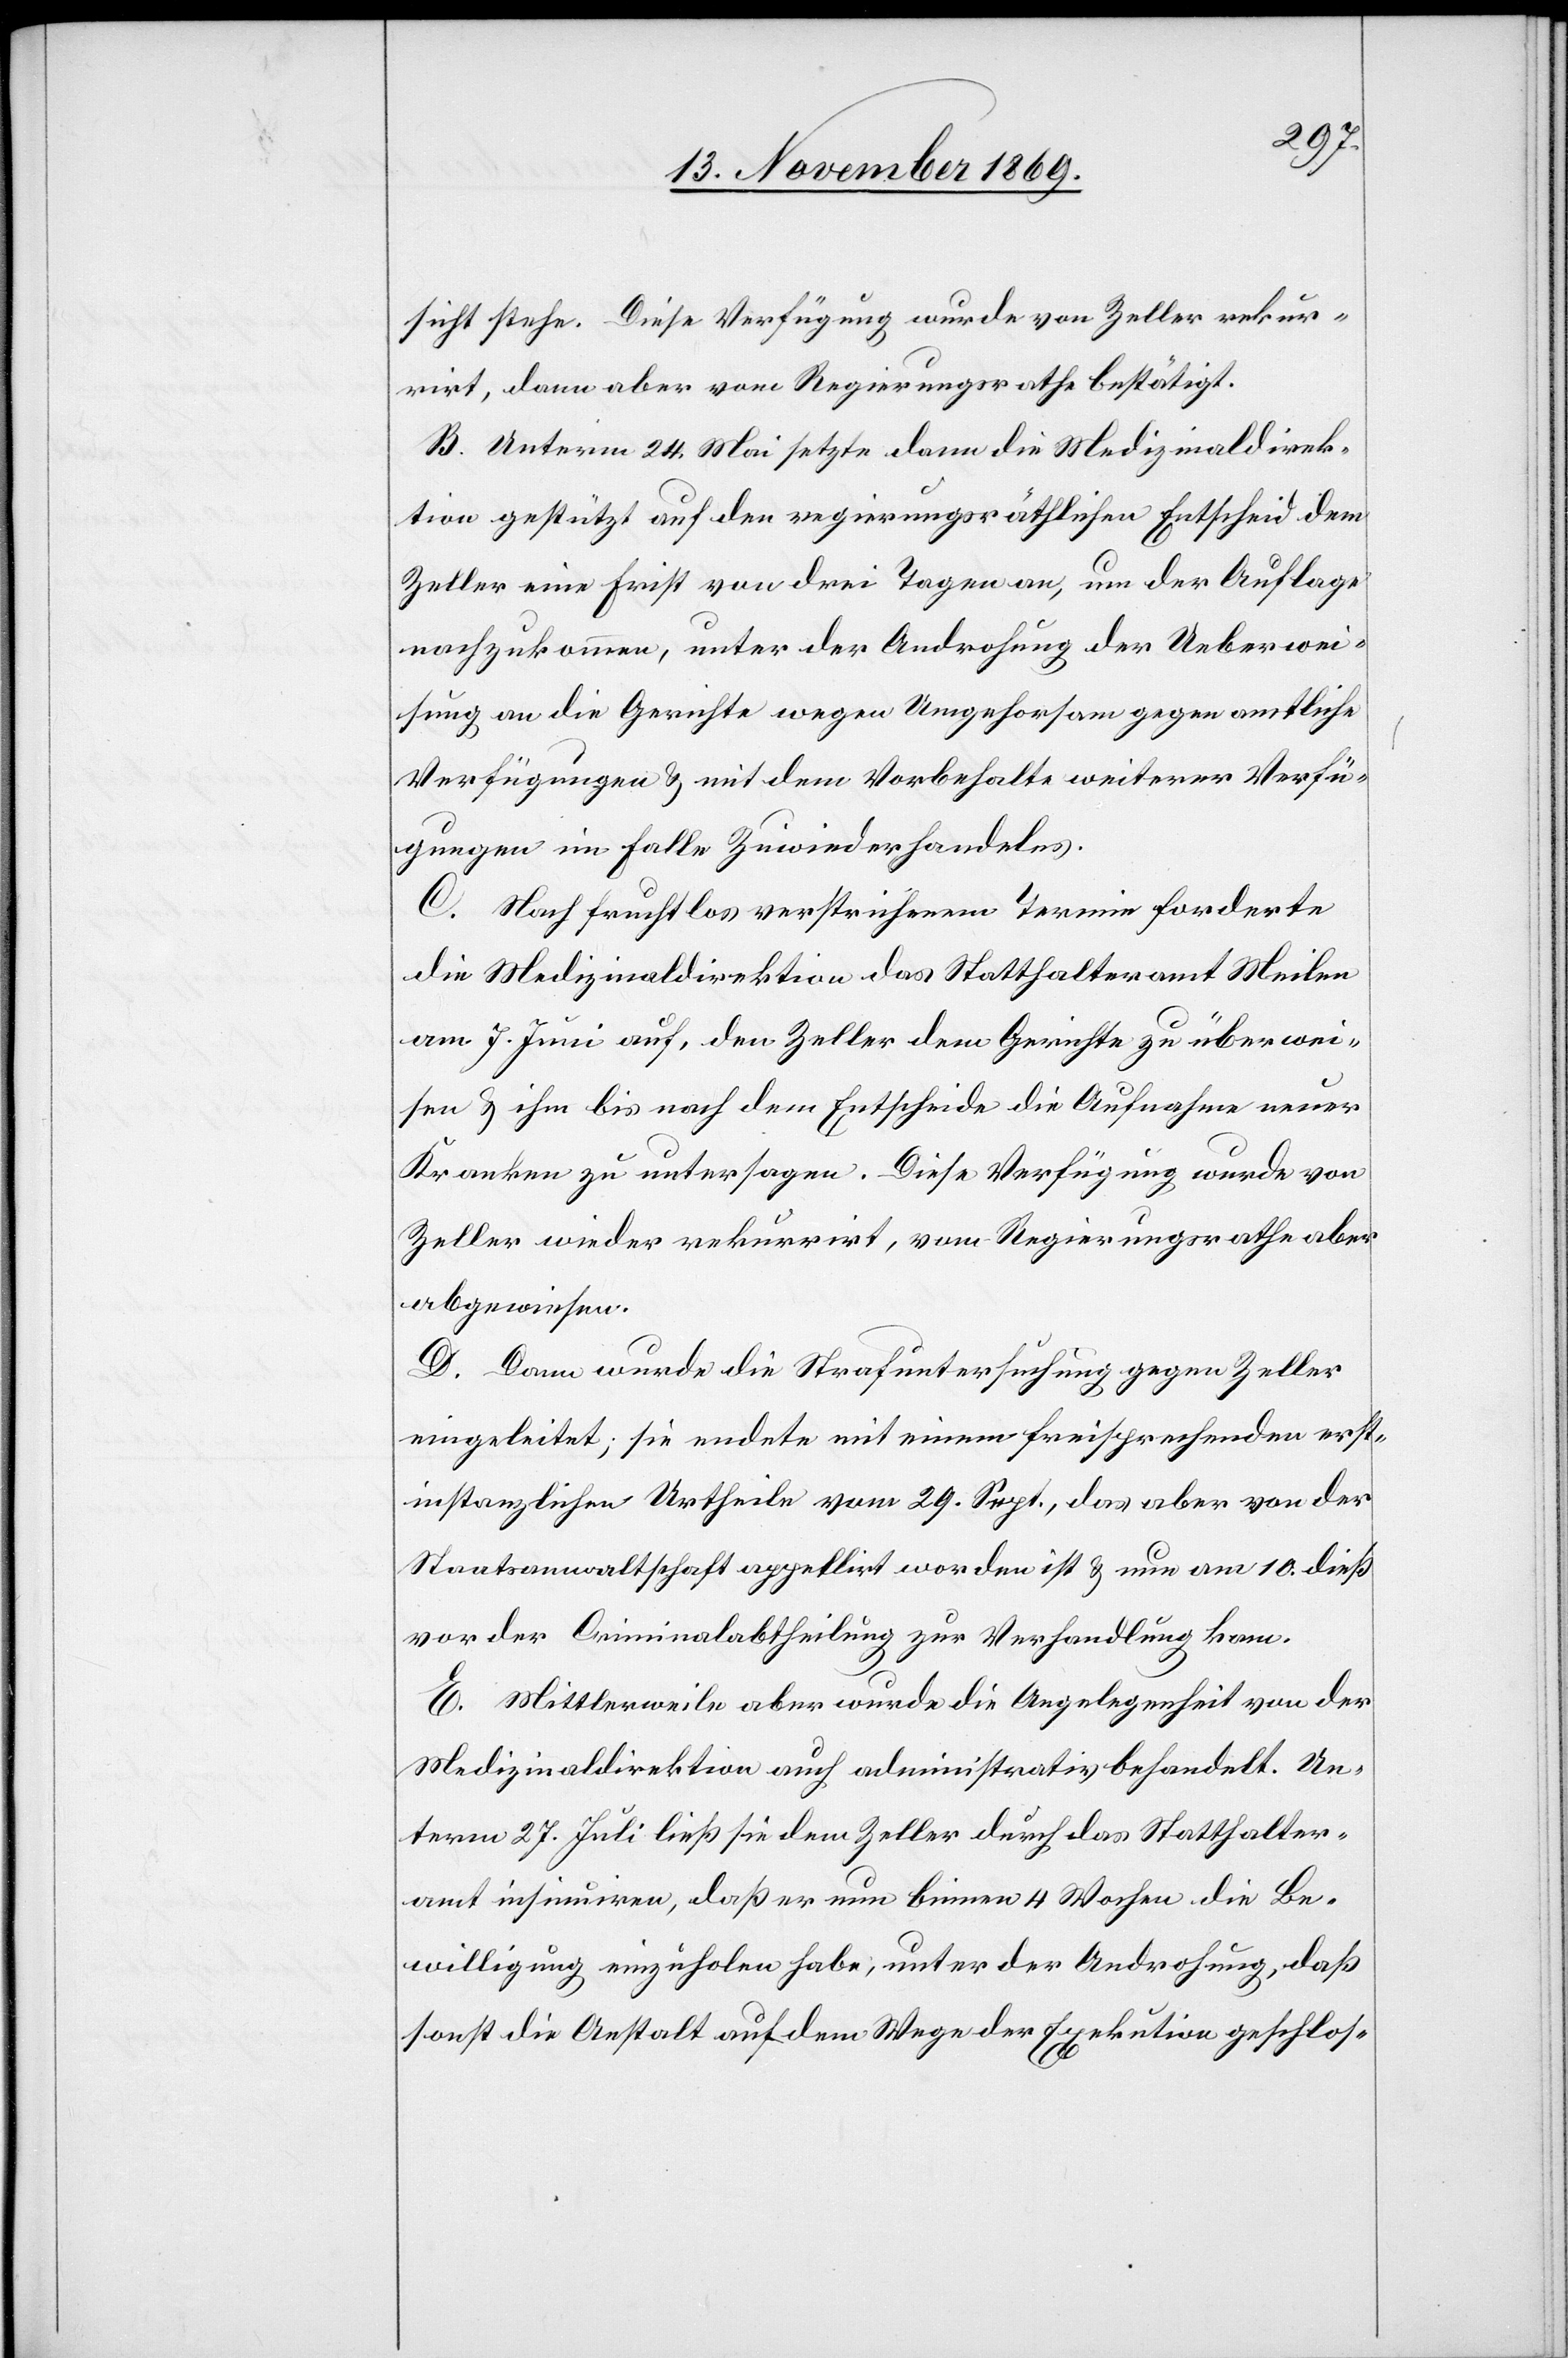
sicht stehe. Diese Verfügung wurde von Zeller rekur¬
rirt, dann aber vom Regierungsrathe bestätigt.
B. Unterm 24. Mai setzte dann die Medizinaldirek¬
tion gestützt auf den regierungsräthlichen Entscheid dem
Zeller eine Frist von drei Tagen an, um der Auflage
nachzukommen, unter der Androhung der Ueberwei¬
sung an die Gerichte wegen Umgehorsam [sic!] gegen amtliche
Verfügungen & mit dem Vorbehalte weiterer Verfü¬
gungen im Falle Zuwiederhandelns.
C. Nach fruchtlos verstrichenem Termin forderte
die Medizinaldirektion das Statthalteramt Meilen
am 7. Juni auf, den Zeller dem Gerichte zu überwei¬
sen & ihm bis nach dem Entscheide die Aufnahme neuer
Kranken zu untersagen. Diese Verfügung wurde von
Zeller wieder rekurrirt, vom Regierungsrathe aber
abgewiesen.
D. Dann wurde die Strafuntersuchung gegen Zeller
eingeleitet; sie endete mit einem freisprechenden erst¬
instanzlichen Urtheile vom 29. Sept., das aber von der
Staatsanwaltschaft appellirt worden ist & nun am 10. dieß
vor der Criminalabtheilung zur Verhandlung kam.
E. Mittlerweile aber wurde die Angelegenheit von der
Medizinaldirektion auch administrativ behandelt. Un¬
term 27. Juli ließ sie dem Zeller durch das Statthalter¬
amt insinuiren, daß er nun binnen 4 Wochen die Be¬
willigung einzuholen habe, unter der Androhung, daß
sonst die Anstalt auf dem Wege der Exekution geschlos-